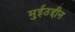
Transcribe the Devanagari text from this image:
मुईउद्दीन